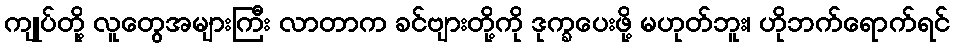
ကျုပ်တို့ လူတွေအများကြီး လာတာက ခင်ဗျားတို့ကို ဒုက္ခပေးဖို့ မဟုတ်ဘူး၊ ဟိုဘက်ရောက်ရင်